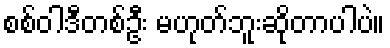
စစ်ဝါဒီတစ်ဦး မဟုတ်ဘူးဆိုတာပါပဲ။